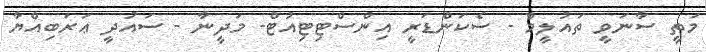
މަތީ ސާނަވީ ތައުލީމް - ސެކަންޑަރީ އިންސްޓިޓިއުޓް- މަދީނާ - ސައުދީ ޢަރަބިއްޔާ